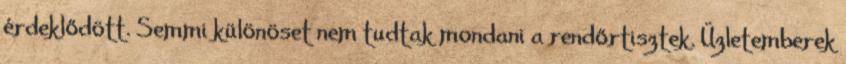
érdeklődött. Semmi különöset nem tudtak mondani a rendőrtisztek. Üzletemberek